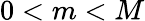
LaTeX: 0<m<M